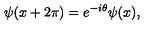
\psi ( x + 2 \pi ) = e ^ { - i \theta } \psi ( x ) ,